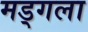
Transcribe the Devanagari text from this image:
मड्गला